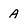
Character: A